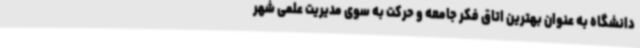
دانشگاه به عنوان بهترین اتاق فکر جامعه و حرکت به سوی مدیریت علمی شهر